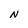
Character: N